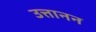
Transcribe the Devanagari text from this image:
उत्तानन